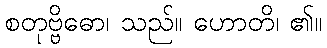
စတုဗ္ဗိဓော၊ သည်။ ဟောတိ၊ ၏။